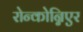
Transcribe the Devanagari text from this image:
रोन्कोन्निएर